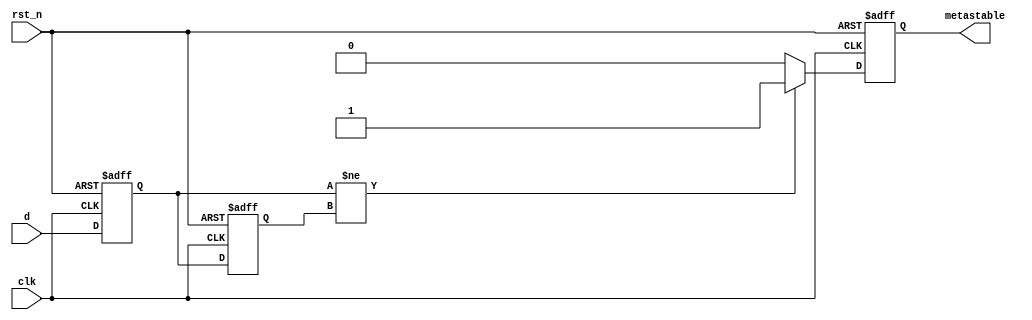
module metastability_detector (
    input wire clk,         // Clock signal
    input wire rst_n,      // Active-low reset signal
    input wire d,          // Signal to monitor
    output reg metastable   // Output indicating metastability
);

    reg Q1, Q2;           // Flip-flop outputs

    // Sampling flip-flops, Q1 and Q2
    always @(posedge clk or negedge rst_n) begin
        if (!rst_n) begin
            Q1 <= 1'b0;   // Asynchronous reset
            Q2 <= 1'b0;   // Asynchronous reset
        end else begin
            Q1 <= d;      // Sample the input signal
            Q2 <= Q1;     // Sample Q1 in the second flip-flop
        end
    end

    // Metastability detection logic
    always @(posedge clk or negedge rst_n) begin
        if (!rst_n) begin
            metastable <= 1'b0; // Reset metastable flag
        end else begin
            // Here we define a simple condition to identify a metastable state.
            // You may modify the conditions based on your application specifics.
            if (Q1 != Q2) begin
                metastable <= 1'b1; // Indicate metastability
            end else begin
                metastable <= 1'b0; // Clear metastability indication
            end
        end
    end

endmodule